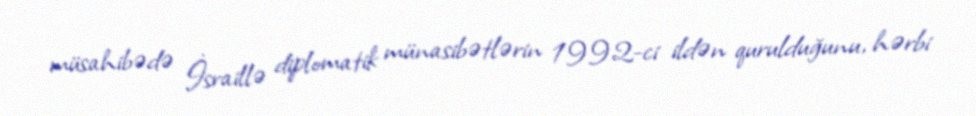
müsahibədə İsraillə diplomatik münasibətlərin 1992-ci ildən qurulduğunu, hərbi